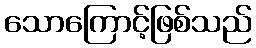
သောကြောင့်ဖြစ်သည်